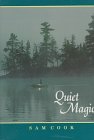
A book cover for Quiet Magic; Sam Cook; Travel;